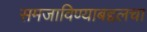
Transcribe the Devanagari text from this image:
समजाविण्याबद्दलचा